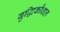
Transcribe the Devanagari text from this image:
बुद्धिकौशल